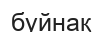
буйнақ